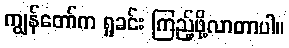
ကျွန်တော်က ရှုခင်း ကြည့်ဖို့လာတာပါ။